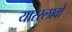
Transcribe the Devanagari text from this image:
यारस्लावो